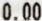
0.00